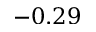
- 0 . 2 9